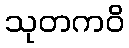
သုတကဝိ